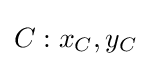
C:x_{C},y_{C}